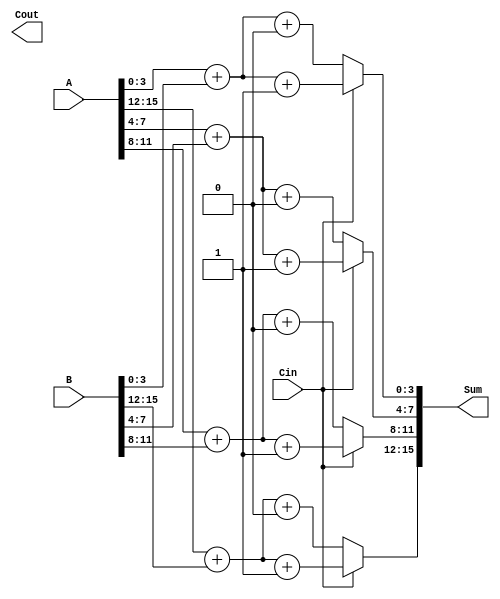
module HybridCarrySelectAdder #(parameter N = 16, // Total bits
                                 parameter M = 4)  // Block size
(
    input  [N-1:0] A,      // First input
    input  [N-1:0] B,      // Second input
    input         Cin,      // Carry-in
    output [N-1:0] Sum,     // Sum output
    output        Cout      // Carry-out
);

    // Number of blocks
    localparam NUM_BLOCKS = N / M;

    // Internal signals
    wire [M-1:0] S0 [0:NUM_BLOCKS-1]; // Sum when carry is 0
    wire [M-1:0] S1 [0:NUM_BLOCKS-1]; // Sum when carry is 1
    wire C0 [0:NUM_BLOCKS-1];          // Carry out when carry is 0
    wire C1 [0:NUM_BLOCKS-1];          // Carry out when carry is 1
    wire C_next [0:NUM_BLOCKS-1];      // Carry to next block

    // Generate blocks
    genvar i;
    generate
        for (i = 0; i < NUM_BLOCKS; i = i + 1) begin : block
            // Calculate sum and carry for both scenarios
            wire [M-1:0] A_block = A[M*i +: M];
            wire [M-1:0] B_block = B[M*i +: M];
            wire carry_in = (i == 0) ? Cin : C_next[i-1];

            // Full adder logic for S0 and S1
            assign {C0[i], S0[i]} = A_block + B_block + 1'b0; // Carry out when Cin = 0
            assign {C1[i], S1[i]} = A_block + B_block + 1'b1; // Carry out when Cin = 1

            // Determine carry for the next block
            if (i < NUM_BLOCKS - 1) begin
                assign C_next[i] = carry_in ? C1[i] : C0[i];
            end
        end
    endgenerate

    // Final sum and carry out selection
    generate
        for (i = 0; i < NUM_BLOCKS; i = i + 1) begin : final_sum
            assign Sum[M*i +: M] = (Cin) ? S1[i] : S0[i];
        end
    endgenerate

    // Final carry out
    assign Cout = C_next[NUM_BLOCKS - 1];

endmodule